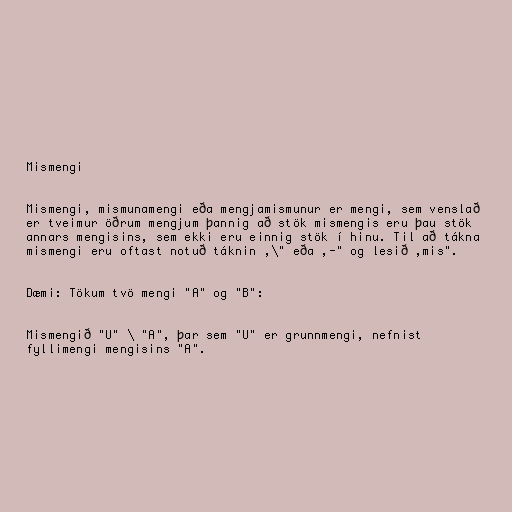
Mismengi

Mismengi, mismunamengi eða mengjamismunur er mengi, sem venslað
er tveimur öðrum mengjum þannig að stök mismengis eru þau stök
annars mengisins, sem ekki eru einnig stök í hinu. Til að tákna
mismengi eru oftast notuð táknin ,\" eða ,-" og lesið ,mis".

Dæmi: Tökum tvö mengi "A" og "B":

Mismengið "U" \ "A", þar sem "U" er grunnmengi, nefnist
fyllimengi mengisins "A".